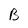
Character: B